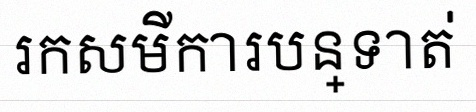
រកសមីការបន្ទាត់